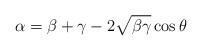
LaTeX: \begin{align*}\alpha=\beta+\gamma-2\sqrt{\beta\gamma}\cos\theta\end{align*}